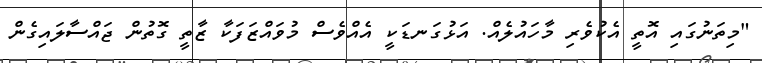
"މިތަނުގައި އޮތީ އެކުވެރި މާހައުލެއް. އަޅުގަނޑަކީ އެއްވެސް މުވައްޒަފަކާ ޒާތީ ގޮތުން ޖައްސާލައިގެން